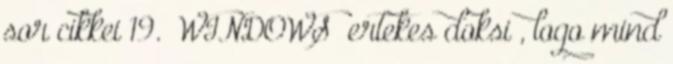
sor cikkei 19. WINDOWS ertekes doksi , logo mind